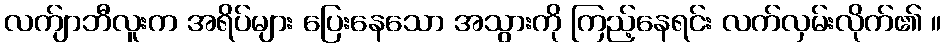
လက်ျာဘီလူးက အရိပ်များ ပြေးနေသော အသွားကို ကြည့်နေရင်း လက်လှမ်းလိုက်၏ ။